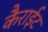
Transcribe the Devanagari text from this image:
कैराईट